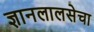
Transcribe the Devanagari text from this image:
ज्ञानलालसेचा